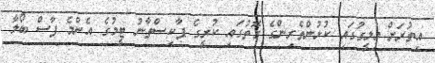
އިތުރަށް މިލީގުގައި ކުޅުންތެރިންގެ ގޮތުގައި ކުރީގެ ޕާކިސްތާނު ޓީމުގެ އެންމެ ފާސް ބޯލާ